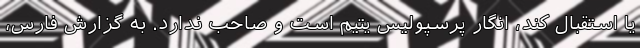
یا استقبال کند، انگار پرسپولیس یتیم است و صاحب ندارد. به گزارش فارس،